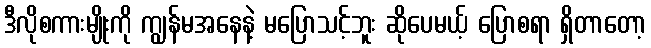
ဒီလိုစကားမျိုးကို ကျွန်မအနေနဲ့ မပြောသင့်ဘူး ဆိုပေမယ့် ပြောစရာ ရှိတာတော့